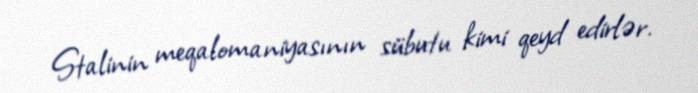
Stalinin meqalomaniyasının sübutu kimi qeyd edirlər.